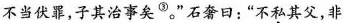
不当伏罪，子其治事矣^{③}。”石奢口：”不私其父，非